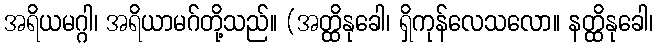
အရိယမဂ္ဂါ၊ အရိယာမဂ်တို့သည်။ (အတ္ထိနုခေါ၊ ရှိကုန်လေသလော။ နတ္ထိနုခေါ၊